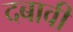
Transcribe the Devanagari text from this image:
दबावी